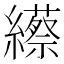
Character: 䌨